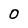
Character: O